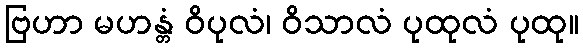
ဗြဟာ မဟန္တံ ဝိပုလံ၊ ဝိသာလံ ပုထုလံ ပုထု။